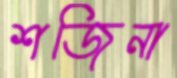
শজিনা